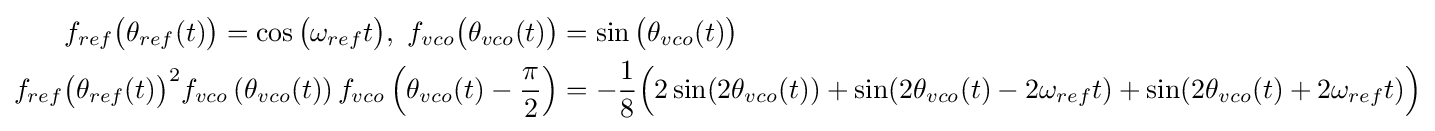
{\begin{aligned}f_{ref}{\big (}\theta _{ref}(t){\big )}=\cos {\big (}\omega _{ref}t{\big )},\ f_{vco}{\big (}\theta _{vco}(t){\big )}&=\sin {\big (}\theta _{vco}(t){\big )}\\f_{ref}{\big (}\theta _{ref}(t){\big )}^{2}f_{vco}\left(\theta _{vco}(t)\right)f_{vco}\left(\theta _{vco}(t)-{\frac {\pi }{2}}\right)&=-{\frac {1}{8}}{\Big (}2\sin(2\theta _{vco}(t))+\sin(2\theta _{vco}(t)-2\omega _{ref}t)+\sin(2\theta _{vco}(t)+2\omega _{ref}t){\Big )}\end{aligned}}